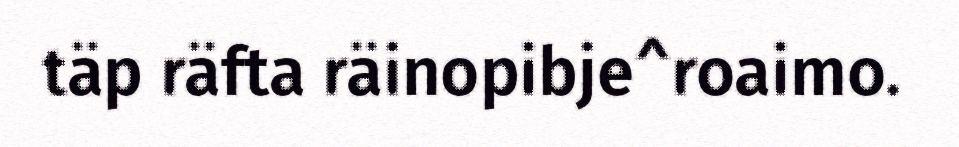
täp räfta räinopibje^roaimo.